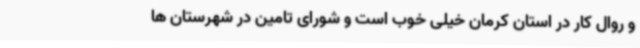
و روال کار در استان کرمان خیلی خوب است و شورای تامین در شهرستان ها